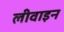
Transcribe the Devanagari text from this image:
लीवाइन